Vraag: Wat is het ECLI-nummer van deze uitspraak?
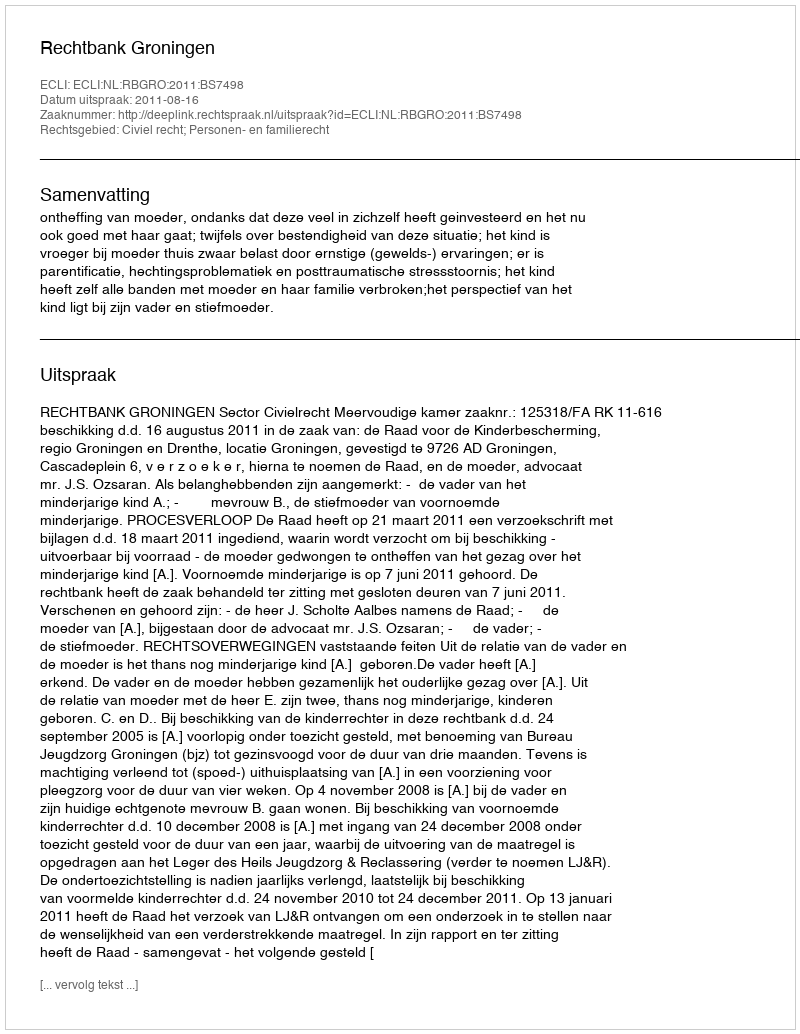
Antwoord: ECLI:NL:RBGRO:2011:BS7498